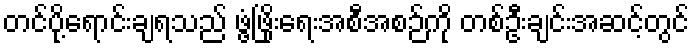
တင်ပို့ရောင်းချရသည် ဖွံ့ဖြိုးရေးအစီအစဉ်ကို တစ်ဦးချင်းအဆင့်တွင်